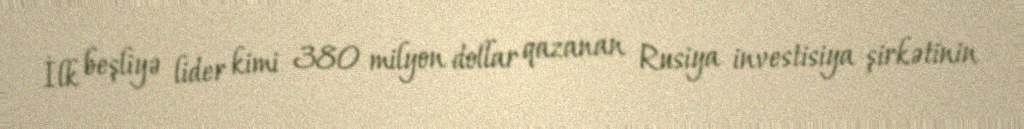
İlk beşliyə lider kimi 380 milyon dollar qazanan Rusiya investisiya şirkətinin